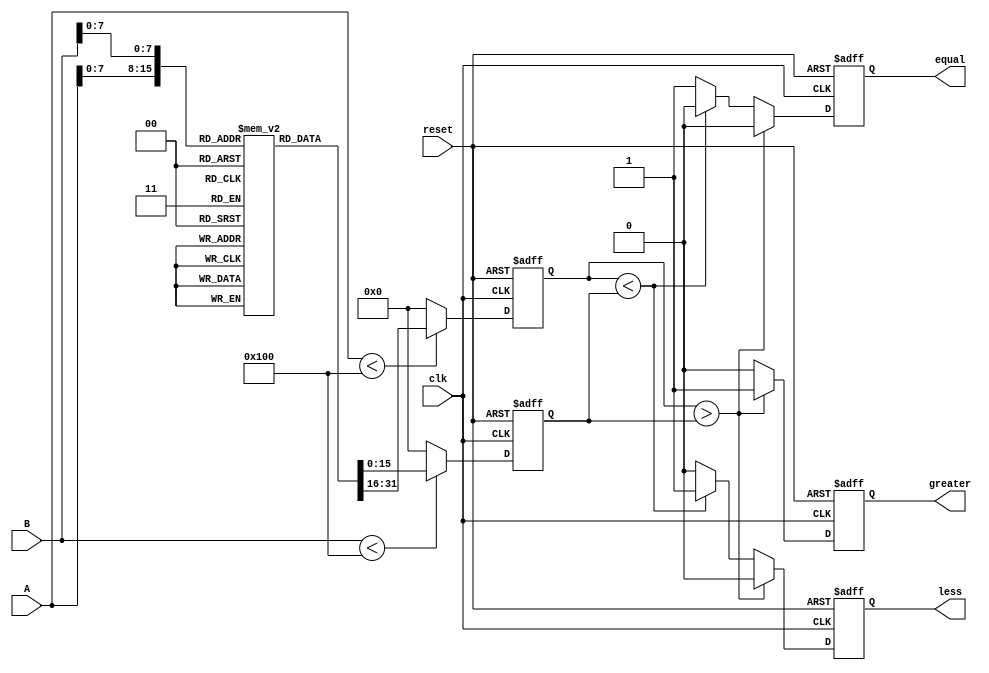
module LogarithmicComparator (
    input wire [15:0] A,         // Input A (16-bit fixed-point)
    input wire [15:0] B,         // Input B (16-bit fixed-point)
    input wire clk,              // Clock signal
    input wire reset,            // Reset signal
    output reg greater,          // Output: A > B
    output reg less,             // Output: A < B
    output reg equal             // Output: A == B
);

    // Logarithmic conversion using a simple LUT
    reg [15:0] logA;
    reg [15:0] logB;

    // Logarithmic LUT (for demonstration, values should be precomputed)
    reg [15:0] log_table [0:255]; // Assuming input values are in the range [0, 255]
    
    initial begin
        // Initialize log_table with precomputed logarithmic values (base 2)
        // For simplicity, we fill it with some example values
        // log_table[0] = 0; // log(1) = 0
        // log_table[1] = 0; // log(1) = 0
        // log_table[2] = 1; // log(2) = 1
        // log_table[3] = 2; // log(3) = 2
        // ...
        // Fill the rest of the table as needed
    end

    // Logarithmic conversion process
    always @(posedge clk or posedge reset) begin
        if (reset) begin
            logA <= 16'b0;
            logB <= 16'b0;
            greater <= 0;
            less <= 0;
            equal <= 0;
        end else begin
            // Convert inputs A and B to logarithmic values using the LUT
            if (A < 256) begin
                logA <= log_table[A];
            end else begin
                logA <= 16'b0; // Handle out-of-bounds case
            end
            
            if (B < 256) begin
                logB <= log_table[B];
            end else begin
                logB <= 16'b0; // Handle out-of-bounds case
            end
            
            // Compare logarithmic values
            if (logA > logB) begin
                greater <= 1;
                less <= 0;
                equal <= 0;
            end else if (logA < logB) begin
                greater <= 0;
                less <= 1;
                equal <= 0;
            end else begin
                greater <= 0;
                less <= 0;
                equal <= 1;
            end
        end
    end

endmodule